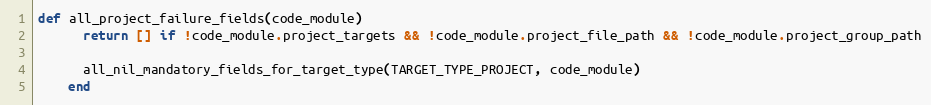
Language: Ruby
def all_project_failure_fields(code_module)
      return [] if !code_module.project_targets && !code_module.project_file_path && !code_module.project_group_path

      all_nil_mandatory_fields_for_target_type(TARGET_TYPE_PROJECT, code_module)
    end